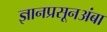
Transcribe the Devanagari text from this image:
ज्ञानप्रसूनअंबा